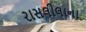
રાસલીલાના